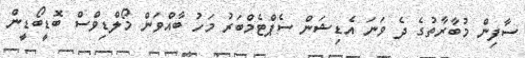
ސާފިން މުބާރާތުގެ ދެ ވަނަ އެޑިޝަން ސެޕްޓެމްބަރު މަހު ބާއްވަން މޯލްޑިވްސް ބޮޑީބޯޑީން